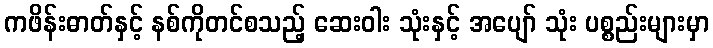
ကဖိန်းဓာတ်နှင့် နစ်ကိုတင်စသည့် ဆေးဝါး သုံးနှင့် အပျော် သုံး ပစ္စည်းများမှာ